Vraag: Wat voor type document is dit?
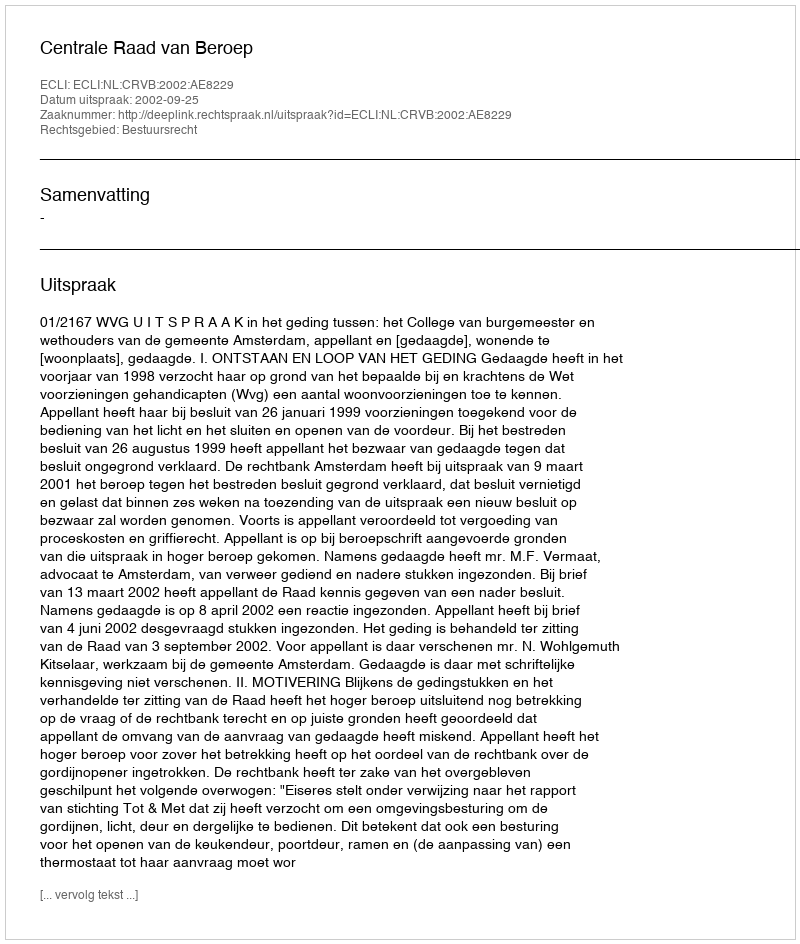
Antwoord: Uitspraak